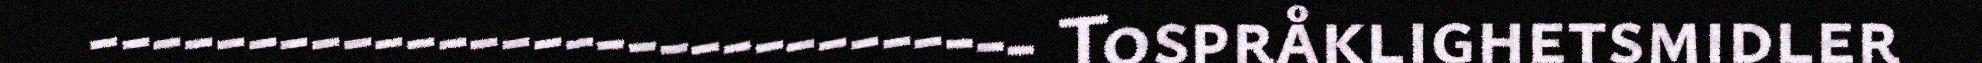
------------------------------ Tospråklighetsmidler